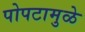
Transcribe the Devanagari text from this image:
पोपटामुळे